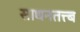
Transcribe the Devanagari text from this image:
साधनतत्त्ब